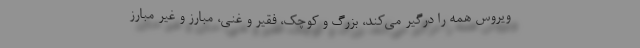
ویروس همه را درگیر می‌کند، بزرگ و کوچک، فقیر و غنی، مبارز و غیر مبارز